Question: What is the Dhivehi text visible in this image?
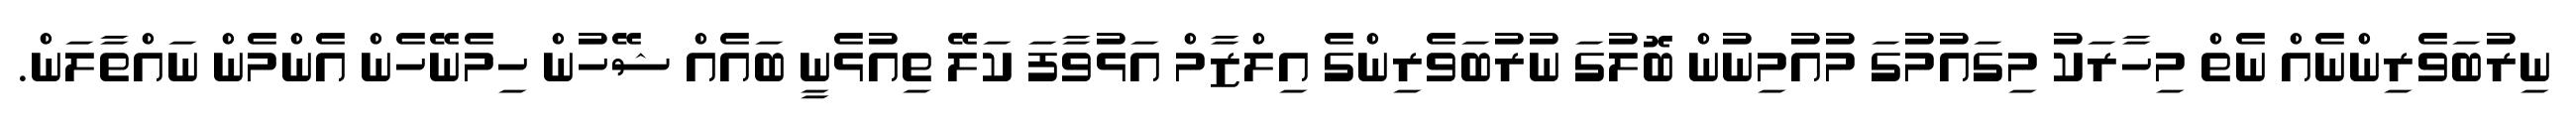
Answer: ނިރުބަވެރިންނެއް ނެތް މިހާރަކު މިގައުމުގަ މުއުމިނުން ބޮލުގަ ނުރުބަވެރިންގެ އިލްޒާމް އަޅުވާފަ ކަލޭ ތިއުޅެނީ ބައެއް ޝޭހުން ހިމެނޭހެން އެންމެން ނައްތާލަން.